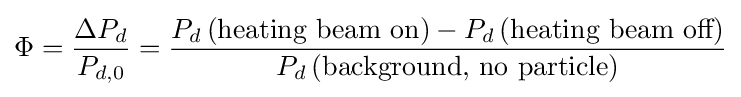
\Phi ={\frac {\Delta P_{d}}{P_{d,0}}}={\frac {P_{d}\left({\text{heating beam on}}\right)-P_{d}\left({\text{heating beam off}}\right)}{P_{d}\left({\text{background, no particle}}\right)}}